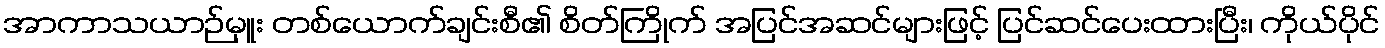
အာကာသယာဉ်မှူး တစ်ယောက်ချင်းစီ၏ စိတ်ကြိုက် အပြင်အဆင်များဖြင့် ပြင်ဆင်ပေးထားပြီး၊ ကိုယ်ပိုင်